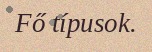
Fő típusok.